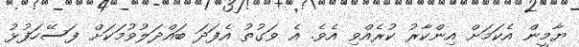
ޔާމީން އެކަމަށް އިންކާރު ކުރެއްވި އެވެ. އެ ވަގުތު އެފަދަ ބައްދަލުވުމަކަށް ފަސޭހަފުޅު